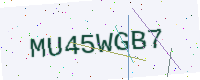
Text: MU45WGB7